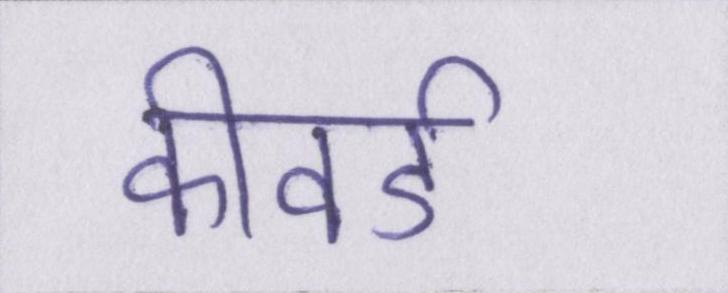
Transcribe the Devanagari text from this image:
कीवर्ड